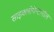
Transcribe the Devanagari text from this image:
साइक्लोपेन्टानॉल